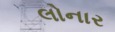
લોનાર